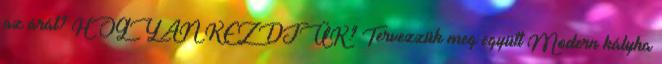
az árát? HOGYAN KEZDJÜK? Tervezzük meg együtt Modern kályha